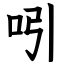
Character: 吲